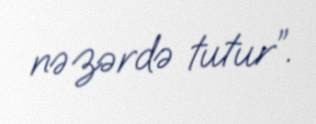
nəzərdə tutur”.